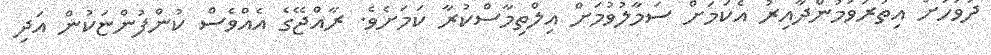
ދުވަހަށް އިތުރުވަމުންދާއިރު އެކަމަށް ސަމާލުވުމަށް އިލްތިމާސްކުރާ ކަމަށެވެ. ރާއްޖޭގެ އެއްވެސް ކުންފުންޏަކުން އަދި